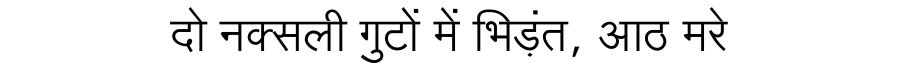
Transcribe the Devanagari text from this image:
दो नक्सली गुटों में भिड़ंत, आठ मरे